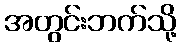
အတွင်းဘက်သို့